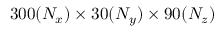
3 0 0 ( N _ { x } ) \times 3 0 ( N _ { y } ) \times 9 0 ( N _ { z } )